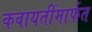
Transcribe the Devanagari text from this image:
कवायतींमार्फत